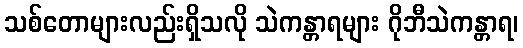
သစ်တောများလည်းရှိသလို သဲကန္တာရများ ဂိုဘီသဲကန္တာရ၊